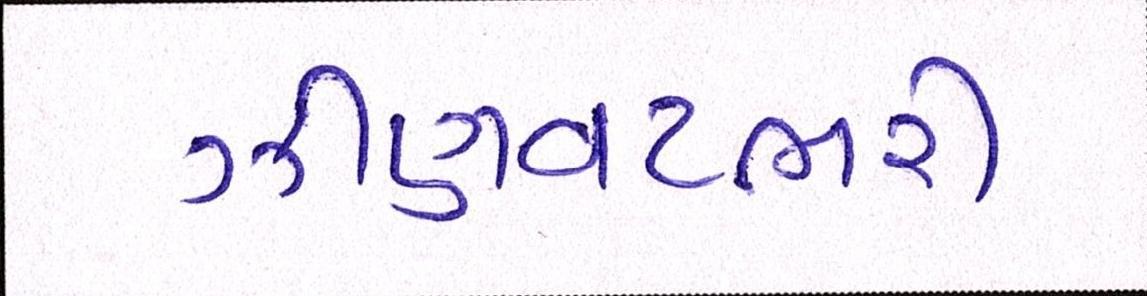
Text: ઝીણવટભરી